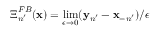
\boldsymbol { \Xi } _ { n ^ { \prime } } ^ { F B } ( { \bf x } ) = \operatorname* { l i m } _ { \epsilon \to 0 } ( { \bf y } _ { n ^ { \prime } } - { \bf x } _ { - n ^ { \prime } } ) / \epsilon